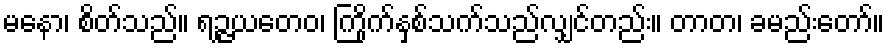
မနော၊ စိတ်သည်။ ရဉ္ဇယတေဝ၊ ကြိုက်နှစ်သက်သည်လျှင်တည်း။ တာတ၊ ခမည်းတော်။